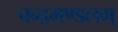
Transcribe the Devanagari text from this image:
चन्द्रमण्डलम्